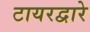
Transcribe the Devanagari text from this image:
टायरद्वारे